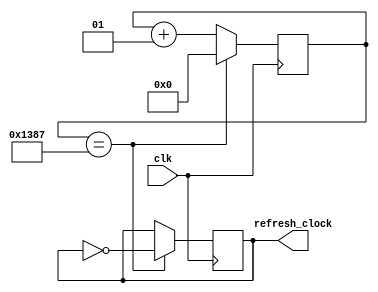
module clock_divider(
    input clk, //100Mhz
    output refresh_clock //25khz
    );
    

    reg refresh_clock;
    
    localparam div_value = 4999; //10khz
    //wartosc = 100Mhz/(2*docelowa czestotliwosc) - 1 => 1Hz =>49999999
    
    integer counter_value = 0; //32 bit wide reg bus
    
    initial begin 
        refresh_clock = 0;
    end
    
    always@(posedge clk) begin
        if (counter_value == div_value) counter_value <= 0;
        else counter_value <= counter_value + 1;
    end
    
    always@(posedge clk) begin
        if (counter_value == div_value) refresh_clock <= ~refresh_clock;
        else refresh_clock <= refresh_clock;
    end
endmodule